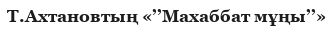
Т.Ахтановтың «’’Махаббат мұңы’’»